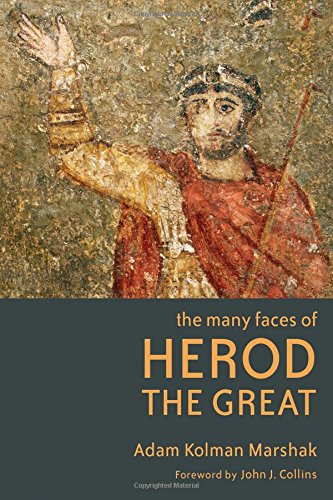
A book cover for The Many Faces of Herod the Great; Adam Kolman Marshak; Biographies & Memoirs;